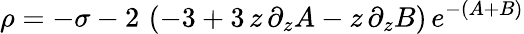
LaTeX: \rho=-\sigma-2\, \left(-3+3\, z\, \partial_{z}A-z\, \partial_{z}B\right)\, e^{-(A+B)}